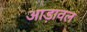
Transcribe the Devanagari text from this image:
आड़ावल